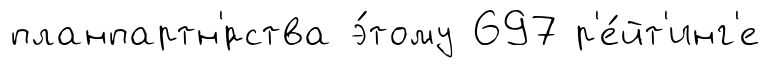
планпартн'́рства э́тому 697 р'е́йт'инг'е